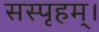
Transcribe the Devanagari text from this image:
सस्पृहम्।